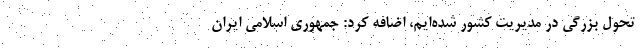
تحول بزرگی در مدیریت کشور شده‌ایم، اضافه کرد: جمهوری اسلامی ایران